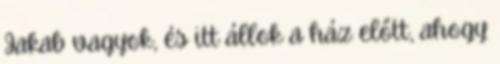
Jakab vagyok, és itt állok a ház előtt, ahogy